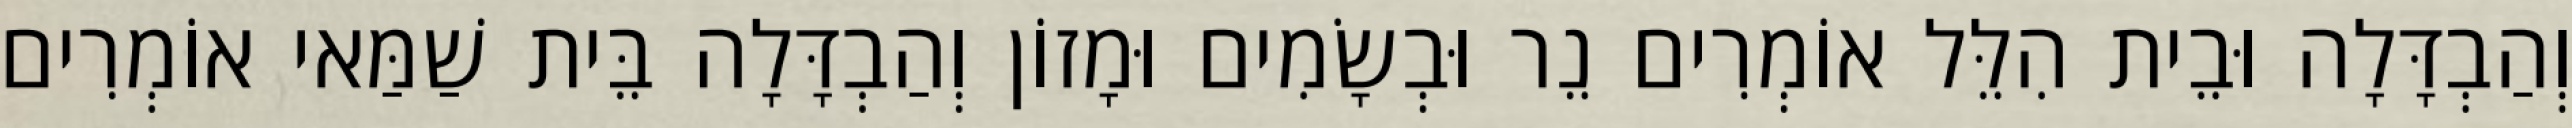
וְהַבְדָּלָה וּבֵית הִלֵּל אוֹמְרִים נֵר וּבְשָׂמִים וּמָזוֹן וְהַבְדָּלָה בֵּית שַׁמַּאי אוֹמְרִים